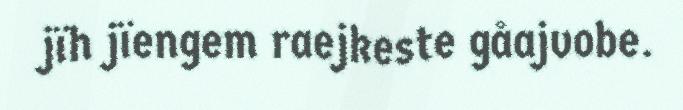
jïh jïengem raejkeste gåajvobe.